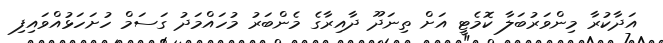
އަދާކުރާ މިންވަރުބަލާ ކޮމެޓީ އަށް ތިނަދޫ ދާއިރާގެ މެންބަރު މުހައްމަދު ގަސަމް ހުށަހަޅުއްވައިފި